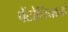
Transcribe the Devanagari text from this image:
पेंटोलियानो